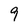
Character: 9